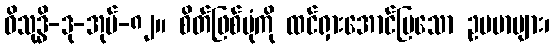
ဝိသုဒ္ဓိ-ဒု-အုပ်-၈၂။ စိတ်ဖြစ်ပုံကို ထင်ရှားအောင်ပြသော ဥပမာများ၊